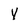
Character: Y